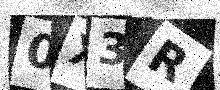
Text: 0X3R